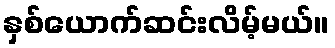
နှစ်ယောက်ဆင်းလိမ့်မယ်။